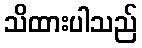
သိထားပါသည်